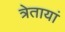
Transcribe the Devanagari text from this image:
त्रेतायां